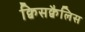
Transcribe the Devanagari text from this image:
क्विसक्वैलिस